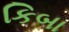
કિબા